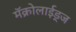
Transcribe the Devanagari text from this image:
मॅक्रोलाईड्ज